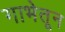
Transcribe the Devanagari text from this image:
गाभेतून